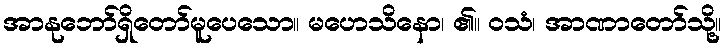
အာနုဘော်ရှိတော်မူပေသော။ မဟေသိနော၊ ၏။ ဝသံ၊ အာဏာတော်သို့။